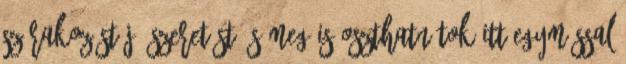
szórakozást Jó szeretést És meg is oszthatnátok itt egymással